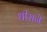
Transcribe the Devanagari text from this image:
धीराने